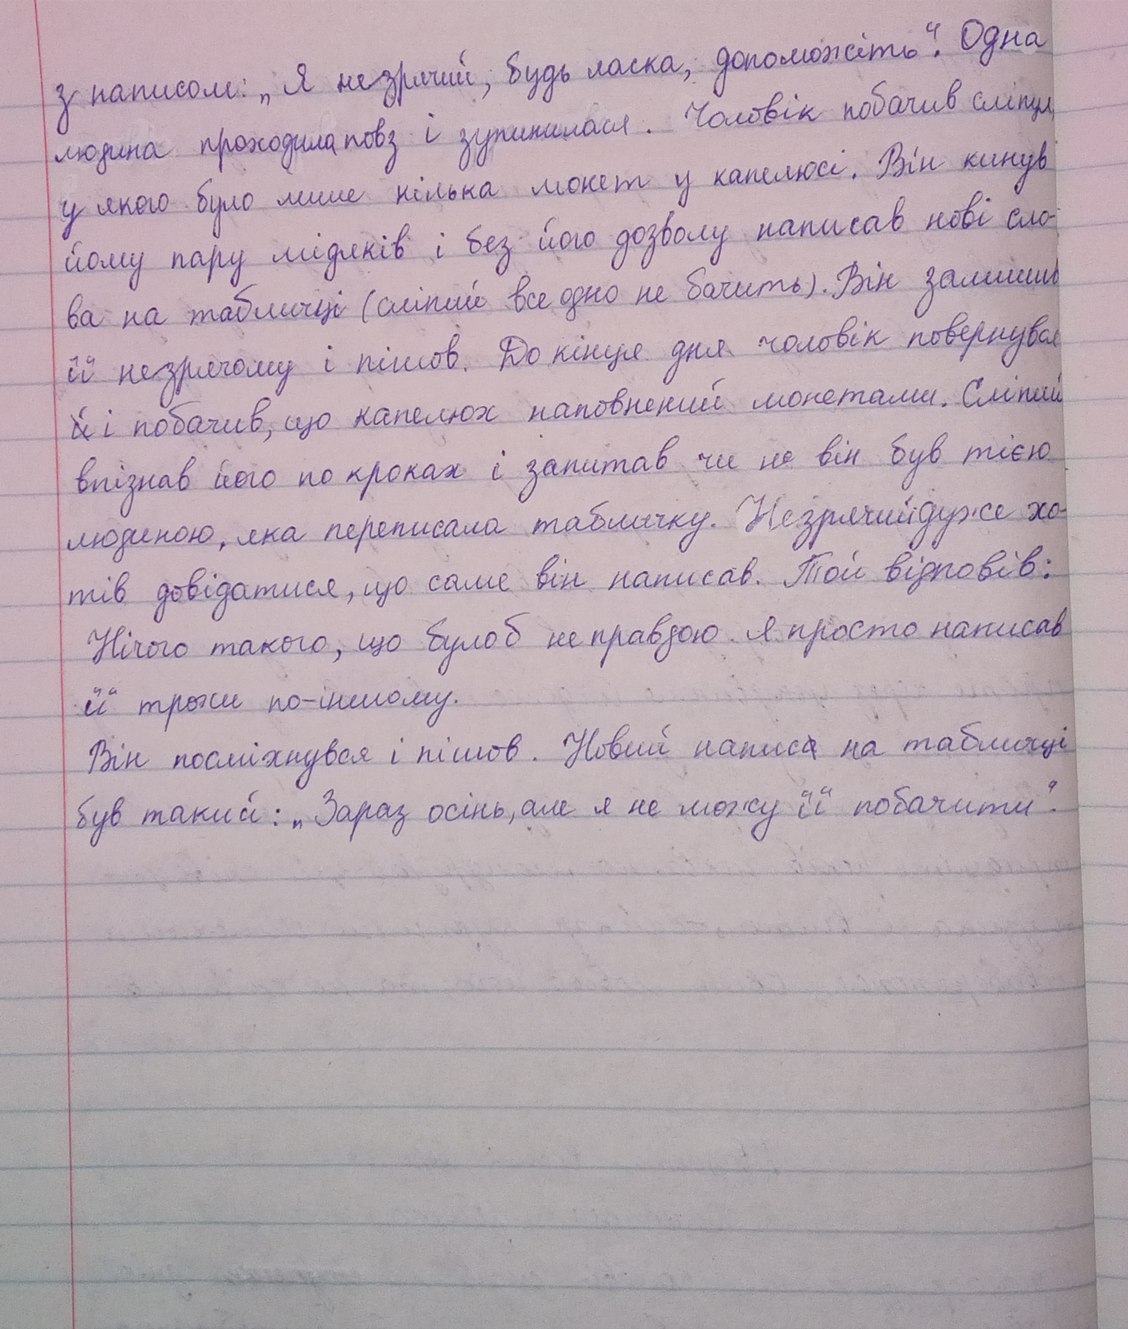
з написом: „Я незрячий, будь ласка, допоможіть“. Одна
людина проходила повз і зупинилася. Чоловік побачив сліпця
у якого було лише кілька монет у капелюсі. Він кинув
йому пару мідяків і без його дозволу написав нові сло-
ва на табличці (сліпий все одно не бачить). Він замінив
її незрячому і пішов. До кінця дня чоловік повернувся
~~й~~ і побачив, що капелюх наповнений монетами. Сліпий
впізнав його по кроках і запитав чи не він був тією
людиною, яка переписала табличку. Незрячийдуже хо-
тів довідатися, що саме він написав. Той відповів:
Нічого такого, що булоб не правдою. Я просто написав
її трохи по-іншому.
Він посміхнувся і пішов. Новий напис~~а~~ на табличці
був такий: „Зараз осінь, але я не можу її побачити“.